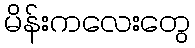
မိန်းကလေးတွေ